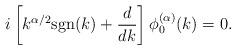
LaTeX: \begin{align*} i\left[k^{\alpha/2} \mbox{sgn} (k) +\frac{d}{dk}\right]\phi_{0}^{(\alpha)} (k)=0.\end{align*}